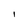
Character: l